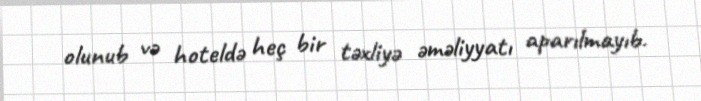
olunub və hoteldə heç bir təxliyə əməliyyatı aparılmayıb.